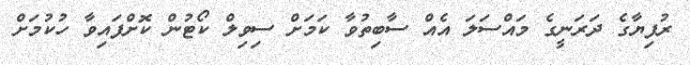
ރުފިޔާގެ ދަރަނީގެ މައްސަލަ އެއް ސާބިތުވާ ކަމަށް ސިވިލް ކޯޓުން ކޮށްފައިވާ ހުކުމަށް